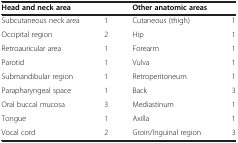
| Head and neck area |  | Other anatomic areas |  |
 | --- | --- | --- | --- |
 | Subcutaneous neck area | 1 | Cutaneous (thigh) | 1 |
 | Occipital region | 2 | Hip | 1 |
 | Retroauricular area | 1 | Forearm | 1 |
 | Parotid | 1 | Vulva | 1 |
 | Submandibular region | 1 | Retroperitoneum | 1 |
 | Parapharyngeal space | 1 | Back | 3 |
 | Oral buccal mucosa | 3 | Mediastinum | 1 |
 | Tongue | 1 | Axilla | 1 |
 | Vocal cord | 2 | Groin/Inguinal region | 3 |